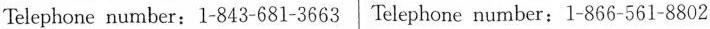
Telephone number：1-843-681-3663 Telephone number：1-866-561-8802